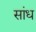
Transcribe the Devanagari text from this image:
सांध